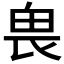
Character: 𠂽